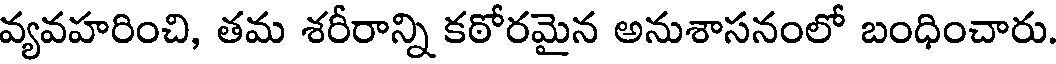
వ్యవహరించి, తమ శరీరాన్ని కఠోరమైన అనుశాసనంలో బంధించారు.